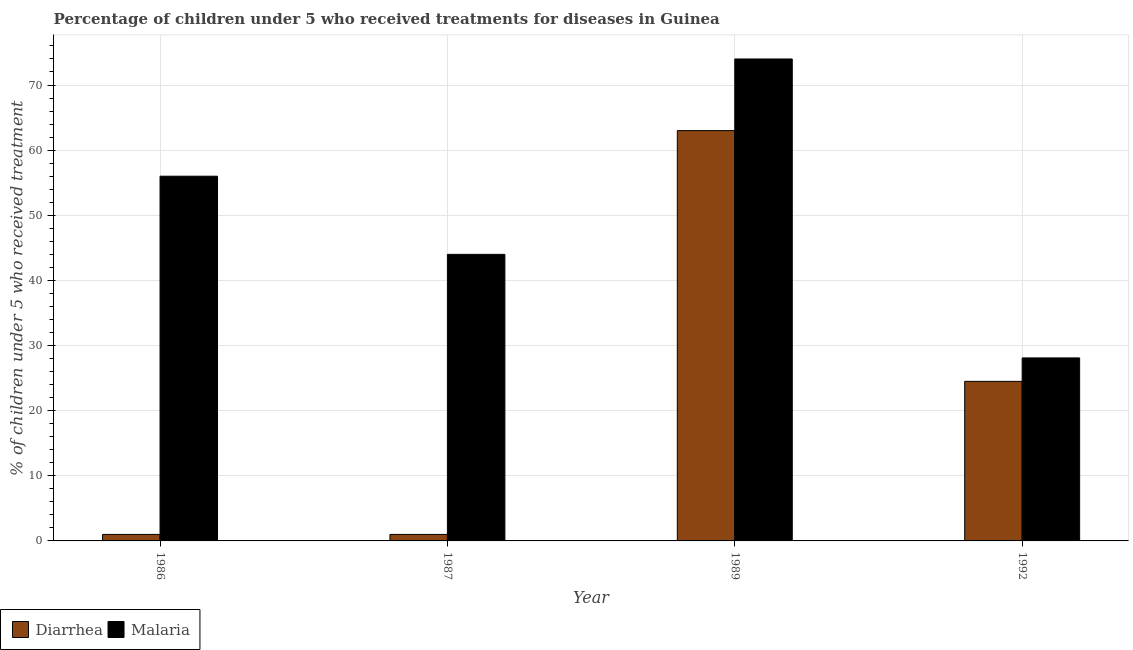
| Year | Diarrhea | Malaria |
 | --- | --- | --- |
 | 1986 | 1 | 56 |
 | 1987 | 1 | 44 |
 | 1989 | 63 | 74 |
 | 1992 | 24.5 | 28.1 |